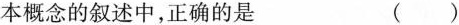
本概念的叙述中，正确的是 ( )